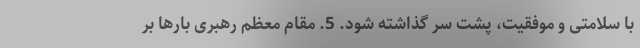
با سلامتی و موفقیت، پشت سر گذاشته شود. 5. مقام معظم رهبری بارها بر